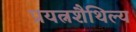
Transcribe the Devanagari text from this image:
प्रयत्नशैथिल्य